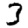
Digit: 3